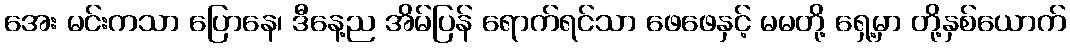
အေး မင်းကသာ ပြောနေ၊ ဒီနေ့ည အိမ်ပြန် ရောက်ရင်သာ ဖေဖေနှင့် မမတို့ ရှေ့မှာ တို့နှစ်ယောက်